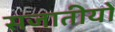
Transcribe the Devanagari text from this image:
सजातीयों